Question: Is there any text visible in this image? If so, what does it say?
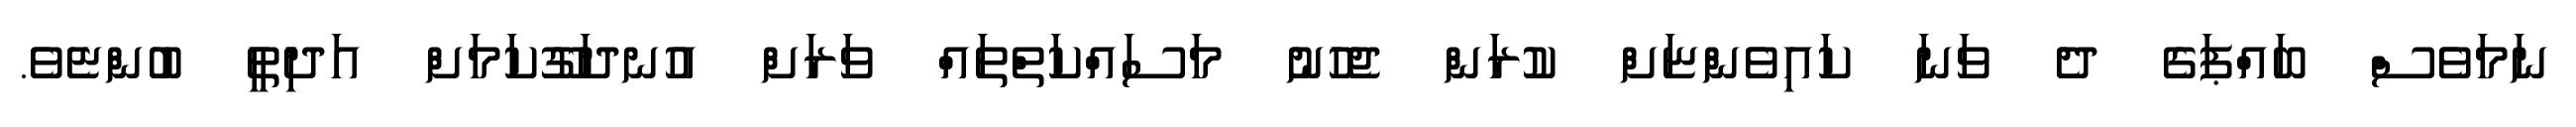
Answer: ނަމަވެސް ބައްޕަގެ ދެ ވަނަ ކައިވެންޏަށް ކުރަން ޖެހުނު މަސައްކަތްތައް ވަރަށް އުނދަގޫކަމަށް އަދިތީ ބުންޏެވެ.